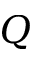
Q